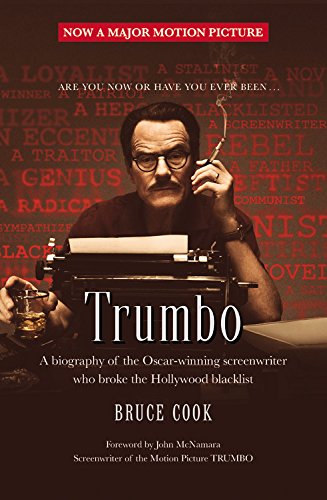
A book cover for TRUMBO (Movie Tie-In Edition); Bruce Cook; Humor & Entertainment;